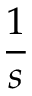
\frac { 1 } { s }